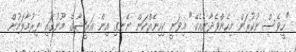
"ހީވެސް ނުކުރަން މިހެންވެދާނެއެކޭ" މިވަނީ ކިހިނެއްކަން ނޭނގި އިން އަރީޝާގެ މޫނުގައި ފިރުމާލަމުން